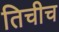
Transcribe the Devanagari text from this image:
तिचीच